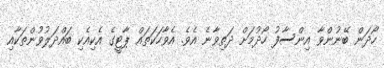
ހޯދަން ބޭނުންވާ އިންސާފު ހޯދުމަށް ދަތިވާނެ އެވެ. އެވާހަކަތައް ޕާޓީގެ އެކިއެކި ބައްދަލުވުންތަކާއި